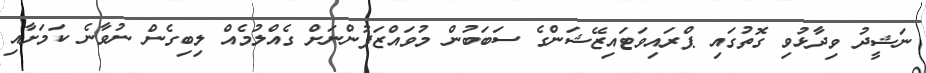
ނަޝީދު ވިދާޅުވި ގޮތުގައި ޕްރައިވަޓައިޒޭޝަންގެ ސަބަބުން މުވައްޒަފުންނަށް ގެއްލުމެއް ލިބިގެން ނުވާނެ ކަމަށާއި